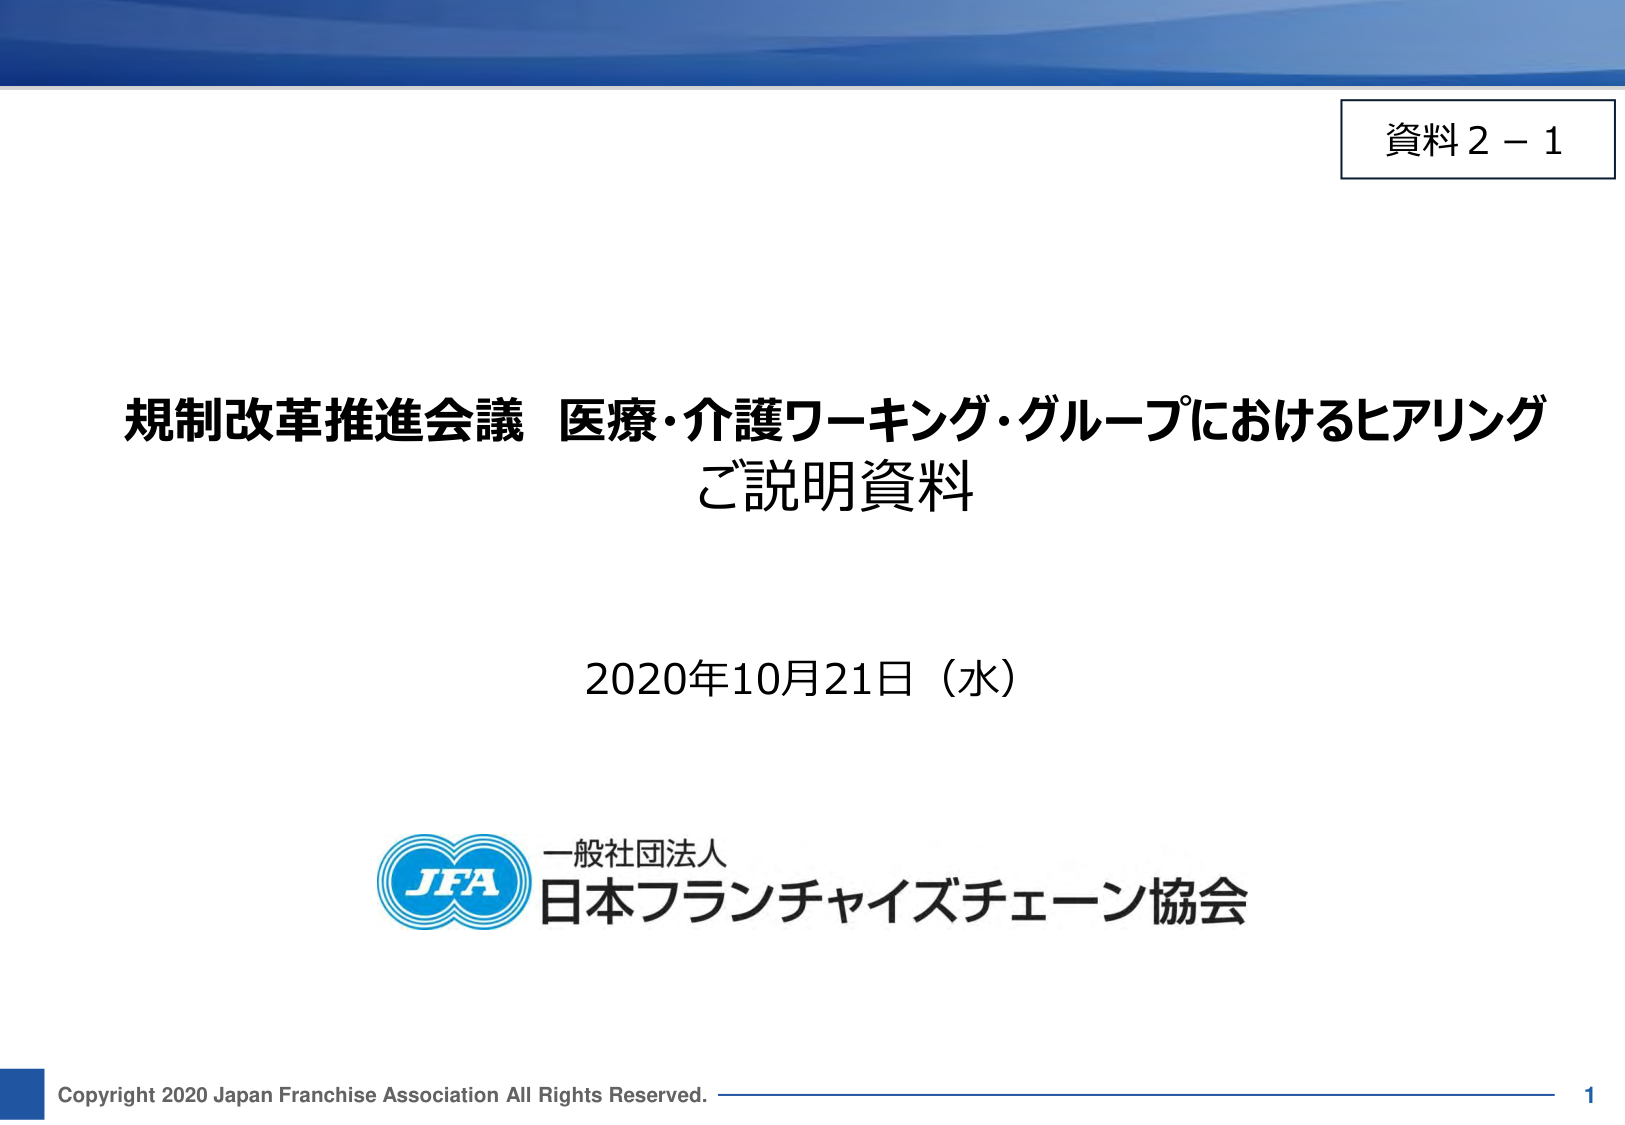
資料２－１

規制改革推進会議 医療・介護ワーキング・グループにおけるヒアリング
ご説明資料

2020年10月21日（水）

一般社団法人
JFA
日本フランチャイズチェーン協会

Copyright 2020 Japan Franchise Association All Rights Reserved. 1